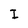
Character: I